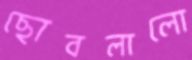
ছোবলালো